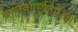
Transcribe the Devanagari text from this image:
वागवणुकीपेक्षा